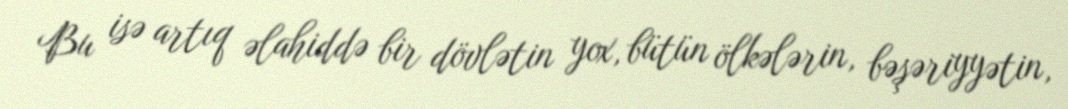
Bu isə artıq əlahiddə bir dövlətin yox, bütün ölkələrin, bəşəriyyətin,